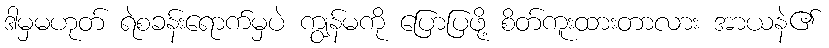
ဒါမှမဟုတ် ရဲစခန်းရောက်မှပဲ ကျွန်မကို ပြောပြဖို့ စိတ်ကူးထားတာလား အာယနဲ၏